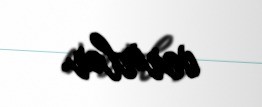
verirlər.